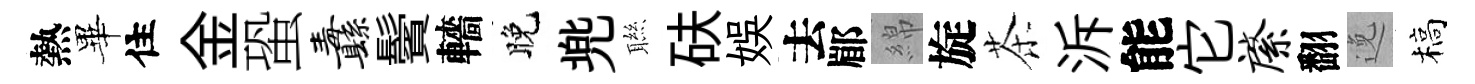
熱畢住金蛩纛鬢轖晚兠聮砆娱去郿綿旋茶泝能它綮翻𨓜槁